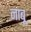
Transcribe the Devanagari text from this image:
नाबू